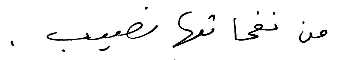
من نفحاتها نصيب.